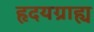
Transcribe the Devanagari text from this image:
हृदयग्राह्य